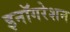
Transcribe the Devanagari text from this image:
इनॉगरेशन